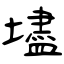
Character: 壗